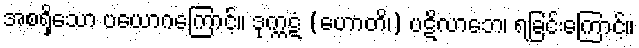
အစရှိသော ပယောဂကြောင့်။ ဒုက္ကဋံ (ဟောတိ၊) ပဋိလာဘေ၊ ရခြင်းကြောင့်။